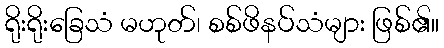
ရိုးရိုးခြေသံ မဟုတ်၊ စစ်ဖိနပ်သံများ ဖြစ်၏။